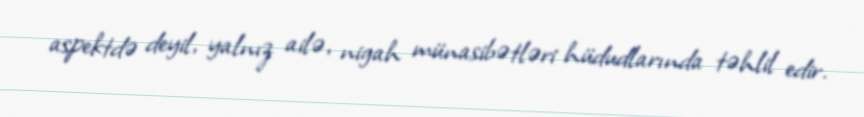
aspektdə deyil, yalnız ailə, nigah münasibətləri hüdudlarında təhlil edir.